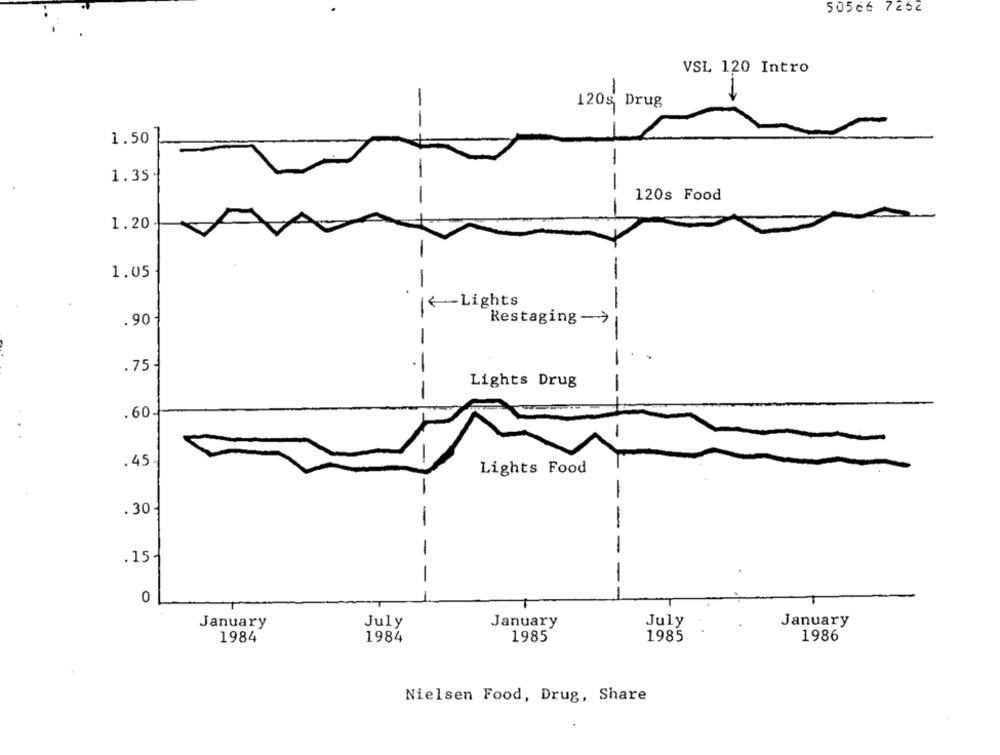
50566 7262
VSL 120 Intro
120g Drug
1.50
-
1.35.
-
120s Food
1.20
1.05
-
-
I <~ Lights
.90-
Restaging ->
-
.75
Lights Drug
-
.60-
.45
Lights Food
.30 -
-
-
-
. 15-
-
-
0
January
July
January
July
January
1984
1984
1985
1985
1986
Nielsen Food, Drug, Share